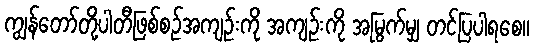
ကျွန်တော်တို့ပါတီဖြစ်စဉ်အကျဉ်းကို အကျဉ်းကို အမြွက်မျှ တင်ပြပါရစေ။